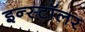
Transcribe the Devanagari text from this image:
इन्स्टॉलर